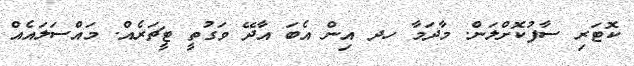
ކޮޓަރި ސާފުކޮށްލަން. މާދަމާ ހދ އިން އެބަ އާދޭ ވަގުތީ ޓީޗަރެއް. މައްސަލައެއް